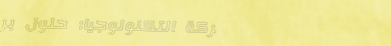
شركة التكنولوجيا: حلول بر